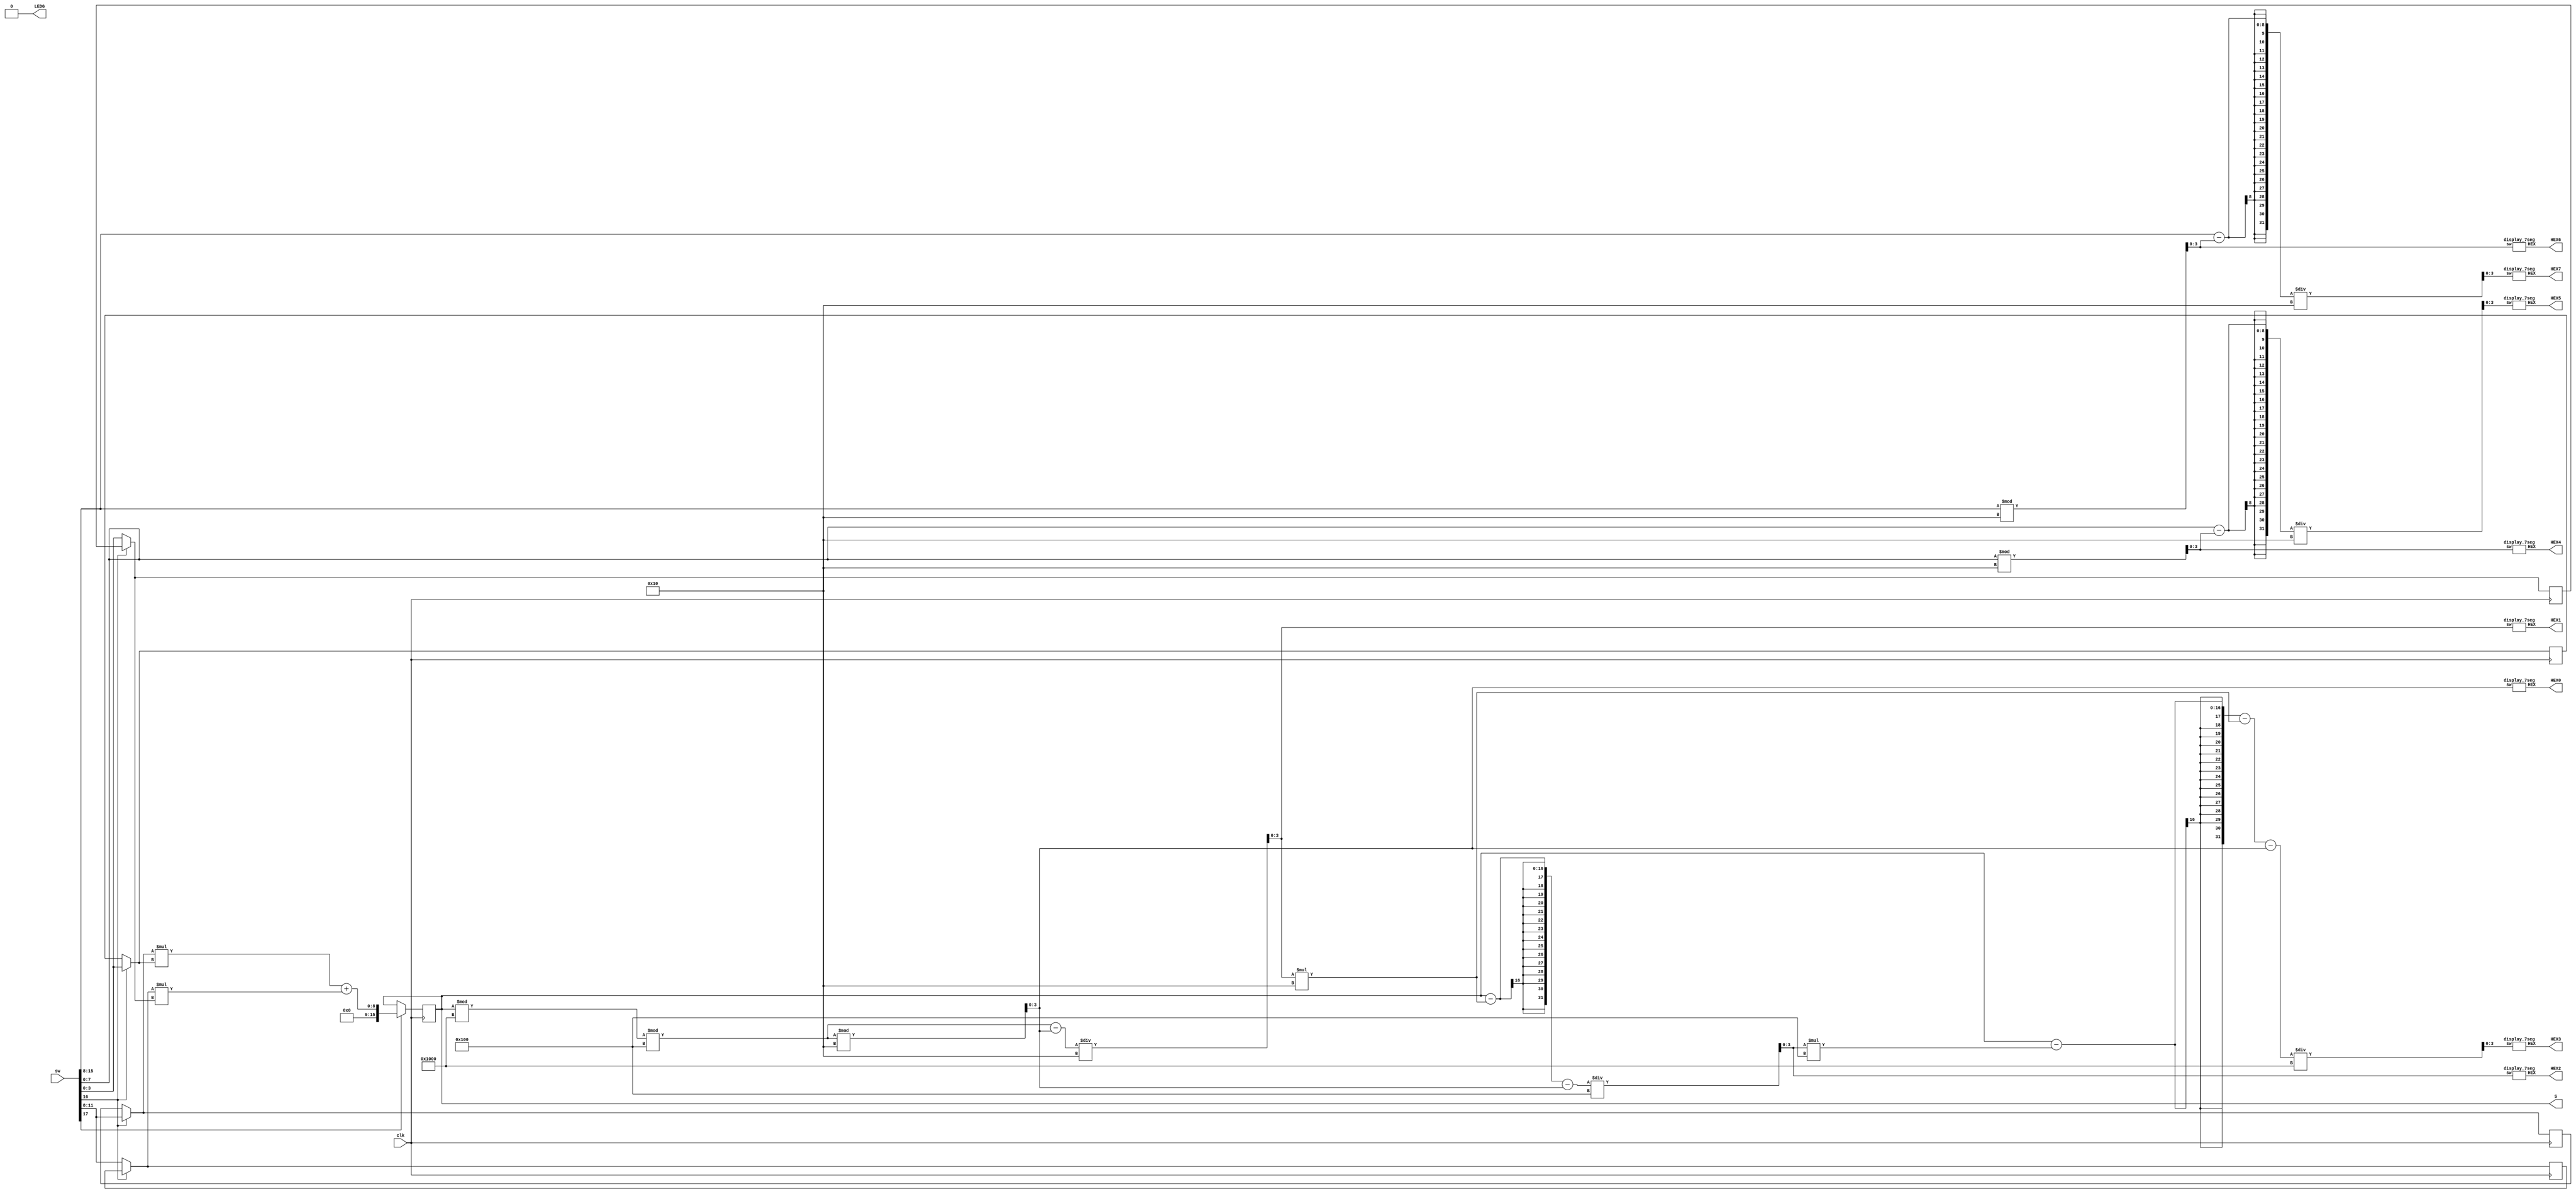
module L8part6(S,sw,clk,LEDG,HEX0,HEX1,HEX2,HEX3,HEX4,HEX5,HEX6,HEX7);
	input clk;
	input [17:0] sw; //17 write 16 select 15-8:A,C 7-0:B,D
	output reg[15:0]S;
	output [0:6]HEX0,HEX1,HEX2,HEX3,HEX4,HEX5,HEX6,HEX7;
	output LEDG; //LEDG8 cout
	reg [3:0] A,B,C,D;
	reg overflow;
	assign LEDG = overflow;
	
	initial begin
	A = 0;
	B = 0;
	C = 0;
	D = 0;
	S = 0;
	overflow = 0;
	end
	always @(posedge clk) begin
		

				if(sw[16] == 1) begin
					 A = sw[15:8];
					 B = sw[7:0];
				end
				if(sw[16] == 0) begin
				
					C = sw[15:8];
					D = sw[7:0];
					
				end
				
			if(sw[17] == 1) begin
				S <= (A*B) + (C*D);
				
			end
		
	end
	
	wire [3:0]onesA,tensA,onesB,tensB,onesS,tensS,hundS,thouS;
	assign onesA = sw[15:8] % 16;
   assign tensA = (sw[15:8] - onesA) / 16;
   assign onesB = sw[7:0] % 16;
   assign tensB = (sw[7:0] - onesB) / 16;
	assign onesS = (S % 4096) % 256 % 16;
	assign tensS = ((S % 4096 % 256) - onesS) /16;
	assign hundS = (S - tensS * 16 - onesS) / 256;
	assign thouS = (S - hundS * 256 - tensS *16 - onesS) / 4096;
	display_7seg d7(tensA,HEX7);
	display_7seg d6(onesA,HEX6);
	display_7seg d5(tensB,HEX5);
	display_7seg d4(onesB,HEX4);
	display_7seg d3(thouS,HEX3);
	display_7seg d2(hundS,HEX2);
	display_7seg d1(tensS,HEX1);
	display_7seg d0(onesS,HEX0);
	
endmodule


module display_7seg(sw,HEX);

	input[3:0] sw;
	output [0:6]HEX;
	
	assign HEX = (sw == 4'b0000) ? 7'b0000001: //0
					 (sw == 4'b0001) ? 7'b1001111: //1
					 (sw == 4'b0010) ? 7'b0010010: //2
					 (sw == 4'b0011) ? 7'b0000110: //3
					 (sw == 4'b0100) ? 7'b1001100: //4
					 (sw == 4'b0101) ? 7'b0100100: //5
					 (sw == 4'b0110) ? 7'b0100000: //6
					 (sw == 4'b0111) ? 7'b0001101: //7
					 (sw == 4'b1000) ? 7'b0000000: //8
					 (sw == 4'b1001) ? 7'b0000100: //9
					 (sw == 4'b1010) ? 7'b0001000:
					 (sw == 4'b1011) ? 7'b1100000:
					 (sw == 4'b1100) ? 7'b0110001:
					 (sw == 4'b1101) ? 7'b1000010:
					 (sw == 4'b1110) ? 7'b0110000:
					 (sw == 4'b1111) ? 7'b0111000: 7'b1111111;
	
endmodule

module FA(a,b,cin,s,cout); //full-adder module

	input a,b,cin;
	output s,cout;
	
	assign cout = (b & cin) | (a & cin) | (a & b); //assign cout
	assign s = a ^ b ^ cin; //assign s
	
endmodule